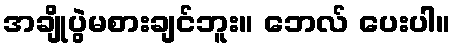
အချိုပွဲမစားချင်ဘူး။ ဘေလ် ပေးပါ။